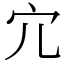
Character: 宂